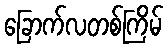
ခြောက်လတစ်ကြိမ်